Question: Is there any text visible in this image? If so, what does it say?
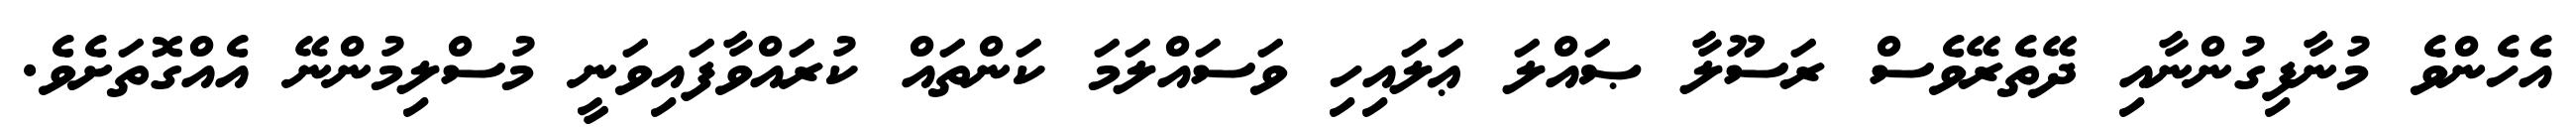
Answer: އެހެންވެ މުނާފިގުންނާއި ދޭތެރޭވެސް ރަސޫލާ ޞައްލަ ޢަލައިހި ވަސައްލަމަ ކަންތައް ކުރައްވާފައިވަނީ މުސްލިމުންނޭ އެއްގޮތަށެވެ.